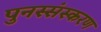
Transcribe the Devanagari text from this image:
पुनस्संस्करण